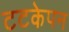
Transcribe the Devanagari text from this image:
टटकेपन